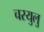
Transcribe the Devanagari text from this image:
चरयुलु